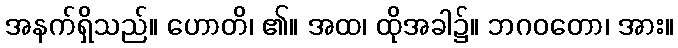
အနက်ရှိသည်။ ဟောတိ၊ ၏။ အထ၊ ထိုအခါ၌။ ဘဂဝတော၊ အား။